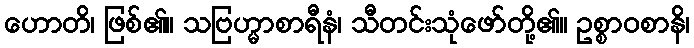
ဟောတိ၊ ဖြစ်၏။ သဗြဟ္မာစာရီနံ၊ သီတင်းသုံဖော်တို့၏။ ဥစ္စာဝစာနိ၊